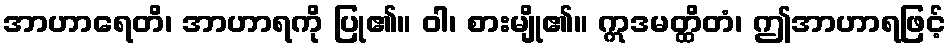
အာဟာရေတိ၊ အာဟာရကို ပြု၏။ ဝါ၊ စားမျို၏။ ဣဒမတ္ထိတံ၊ ဤအာဟာရဖြင့်